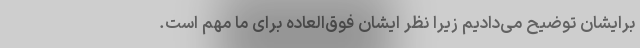
برایشان توضیح می‌دادیم زیرا نظر ایشان فوق‌العاده برای ما مهم است.